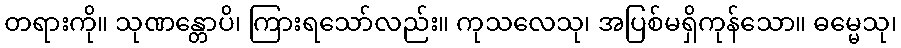
တရားကို။ သုဏန္တောပိ၊ ကြားရသော်လည်း။ ကုသလေသု၊ အပြစ်မရှိကုန်သော။ ဓမ္မေသု၊